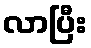
လာပြီး